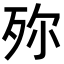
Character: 𣧢